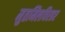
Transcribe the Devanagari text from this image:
मुतमिलविरहर